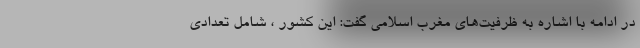
در ادامه با اشاره به ظرفیت‌های مغرب اسلامی گفت: این کشور ، شامل تعدادی